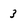
Character: 3